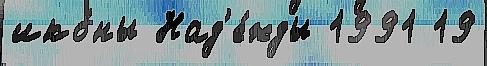
ико́ны Над'е́жды 1991 19